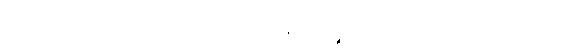
အထက်မှလာ၍အောက်သို့ညွတ်သည်။ ဟောတိ၊ ဖြစ်၏။ ကထဉ္စ၊ အဘယ်သို့လျှင်။ ပုဂ္ဂလော၊ ပုဂ္ဂိုလ်သည်။